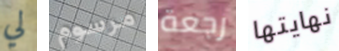
لي مرسوم رجعة نهايتها